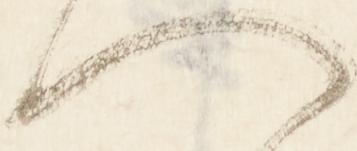
へ